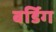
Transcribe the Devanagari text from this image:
बर्डिग